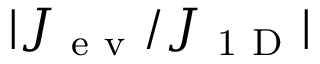
| J _ { \mathrm { ~ e ~ v ~ } } / J _ { \mathrm { ~ 1 ~ D ~ } } |